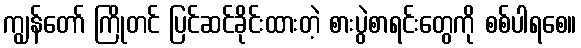
ကျွန်တော် ကြိုတင် ပြင်ဆင်ခိုင်းထားတဲ့ စားပွဲစာရင်းတွေကို စစ်ပါရစေ။